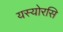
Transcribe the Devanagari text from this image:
यस्योरसि